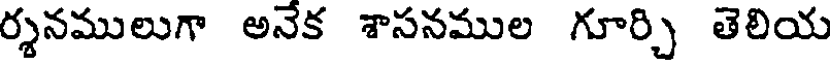
ర్శనములుగా అనేక శాసనముల గూర్చి తెలియ